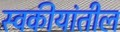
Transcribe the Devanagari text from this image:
स्वकीयांतील